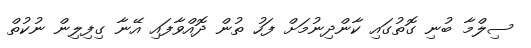
ސިލްމާ ބުނި ގޮތުގައި ކާންދިނުމަށް ފަހު ތުން ދޮއްވާފައި އޭނާ ގިފިލިން ނުކުތް